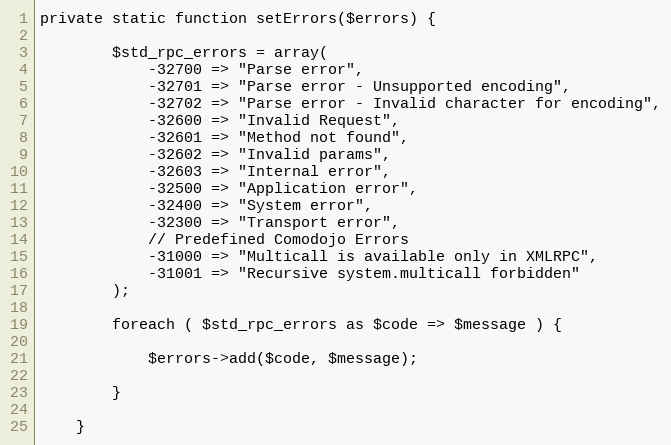
Language: PHP
private static function setErrors($errors) {

        $std_rpc_errors = array(
            -32700 => "Parse error",
            -32701 => "Parse error - Unsupported encoding",
            -32702 => "Parse error - Invalid character for encoding",
            -32600 => "Invalid Request",
            -32601 => "Method not found",
            -32602 => "Invalid params",
            -32603 => "Internal error",
            -32500 => "Application error",
            -32400 => "System error",
            -32300 => "Transport error",
            // Predefined Comodojo Errors
            -31000 => "Multicall is available only in XMLRPC",
            -31001 => "Recursive system.multicall forbidden"
        );

        foreach ( $std_rpc_errors as $code => $message ) {

            $errors->add($code, $message);

        }

    }